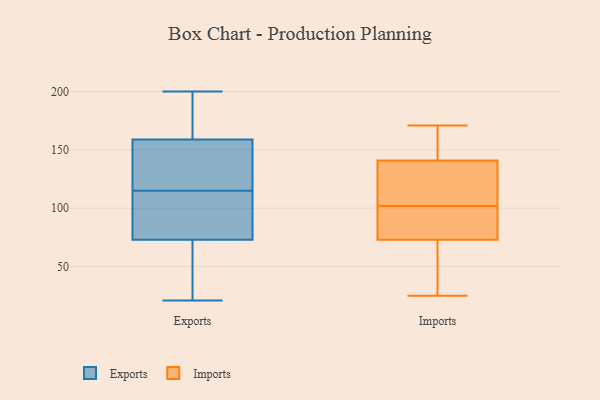
{"axis": {"x": "Tickets Resolved", "y": "Value"}, "legend": ["Exports", "Imports"], "data": [{"x": "", "y": 138, "type": "Exports"}, {"x": "", "y": 200, "type": "Exports"}, {"x": "", "y": 129, "type": "Exports"}, {"x": "", "y": 68, "type": "Exports"}, {"x": "", "y": 108, "type": "Exports"}, {"x": "", "y": 88, "type": "Exports"}, {"x": "", "y": 50, "type": "Exports"}, {"x": "", "y": 166, "type": "Exports"}, {"x": "", "y": 115, "type": "Exports"}, {"x": "", "y": 21, "type": "Exports"}, {"x": "", "y": 194, "type": "Exports"}, {"x": "", "y": 84, "type": "Imports"}, {"x": "", "y": 82, "type": "Imports"}, {"x": "", "y": 46, "type": "Imports"}, {"x": "", "y": 127, "type": "Imports"}, {"x": "", "y": 38, "type": "Imports"}, {"x": "", "y": 106, "type": "Imports"}, {"x": "", "y": 152, "type": "Imports"}, {"x": "", "y": 67, "type": "Imports"}, {"x": "", "y": 171, "type": "Imports"}, {"x": "", "y": 98, "type": "Imports"}, {"x": "", "y": 141, "type": "Imports"}, {"x": "", "y": 25, "type": "Imports"}, {"x": "", "y": 123, "type": "Imports"}, {"x": "", "y": 131, "type": "Imports"}, {"x": "", "y": 147, "type": "Imports"}, {"x": "", "y": 95, "type": "Imports"}, {"x": "", "y": 152, "type": "Imports"}, {"x": "", "y": 73, "type": "Imports"}]}